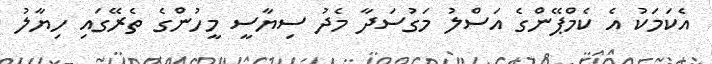
އެކަމަކު އެ ކެމްޕޭންގެ އަސްލު މަގުސަދާ މެދު ސިޔާސީ މީހުންގެ ތެރޭގައި ހިޔާލު